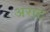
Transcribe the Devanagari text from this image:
अराट